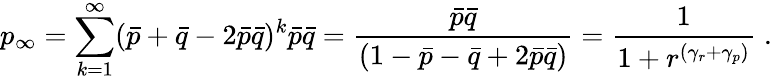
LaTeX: p_{\infty}=\sum_{k=1}^{\infty}(\bar{p}+\bar{q}-2\bar{p}\bar{q})^{k}\bar{p}\bar{q}=\frac{\bar{p}\bar{q}}{(1-\bar{p}-\bar{q}+2\bar{p}\bar{q})}=\frac{1}{1+r^{(\gamma_{r}+\gamma_{p})}}\; .